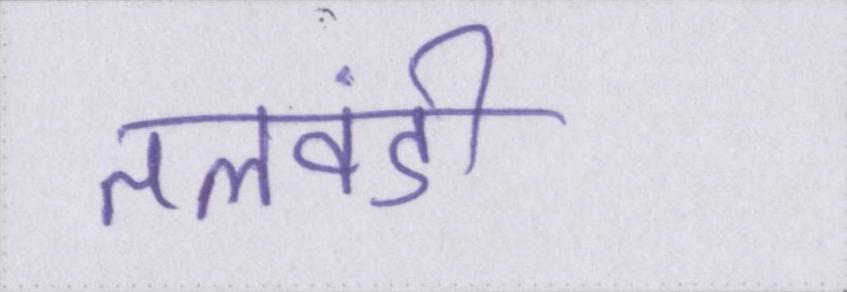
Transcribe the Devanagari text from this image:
तलवंडी